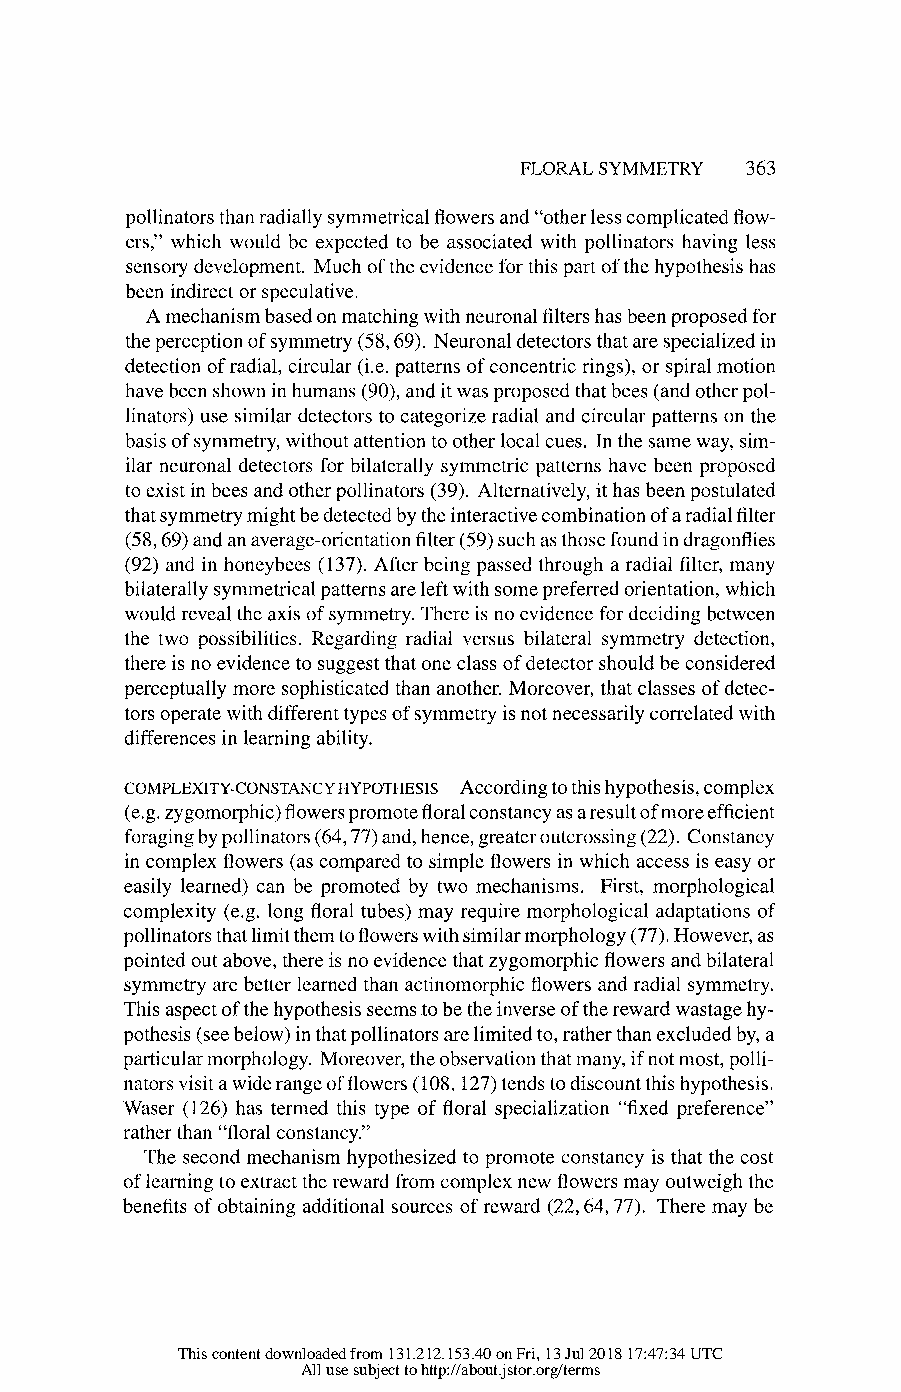
FLORAL SYMMETRY 363
 pollinators than radially symmetrical flowers and "other less complicated flow-
 ers," which would be expected to be associated with pollinators having less
 sensory development. Much of the evidence for this part of the hypothesis has
 been indirect or speculative.
 A mechanism based on matching with neuronal filters has been proposed for
 the perception of symmetry (58, 69). Neuronal detectors that are specialized in
 detection of radial, circular (i.e. patterns of concentric rings), or spiral motion
 have been shown in humans (90), and it was proposed that bees (and other pol-
 linators) use similar detectors to categorize radial and circular patterns on the
 basis of symmetry, without attention to other local cues. In the same way, sim-
 ilar neuronal detectors for bilaterally symmetric patterns have been proposed
 to exist in bees and other pollinators (39). Alternatively, it has been postulated
 that symmetry might be detected by the interactive combination of a radial filter
 (58, 69) and an average-orientation filter (59) such as those found in dragonflies
 (92) and in honeybees (137). After being passed through a radial filter, many
 bilaterally symmetrical patterns are left with some preferred orientation, which
 would reveal the axis of symmetry. There is no evidence for deciding between
 the two possibilities. Regarding radial versus bilateral symmetry detection,
 there is no evidence to suggest that one class of detector should be considered
 perceptually more sophisticated than another. Moreover, that classes of detec-
 tors operate with different types of symmetry is not necessarily correlated with
 differences in learning ability.
 COMPLEXITY-CONSTANCY HYPOTHESIS According to this hypothesis, complex
 (e.g. zygomorphic) flowers promote floral constancy as a result of more efficient
 foraging by pollinators (64, 77) and, hence, greater outcrossing (22). Constancy
 in complex flowers (as compared to simple flowers in which access is easy or
 easily learned) can be promoted by two mechanisms. First, morphological
 complexity (e.g. long floral tubes) may require morphological adaptations of
 pollinators that limit them to flowers with similar morphology (77). However, as
 pointed out above, there is no evidence that zygomorphic flowers and bilateral
 symmetry are better learned than actinomorphic flowers and radial symmetry.
 This aspect of the hypothesis seems to be the inverse of the reward wastage hy-
 pothesis (see below) in that pollinators are limited to, rather than excluded by, a
 particular morphology. Moreover, the observation that many, if not most, polli-
 nators visit a wide range of flowers (108, 127) tends to discount this hypothesis.
 Waser (126) has termed this type of floral specialization "fixed preference"
 rather than "floral constancy."
 The second mechanism hypothesized to promote constancy is that the cost
 of learning to extract the reward from complex new flowers may outweigh the
 benefits of obtaining additional sources of reward (22, 64,77). There may be
 This content downloaded from 131.212.153.40 on Fri, 13 Jul 2018 17:47:34 UTC
 All use subject to http://about.jstor.org/terms